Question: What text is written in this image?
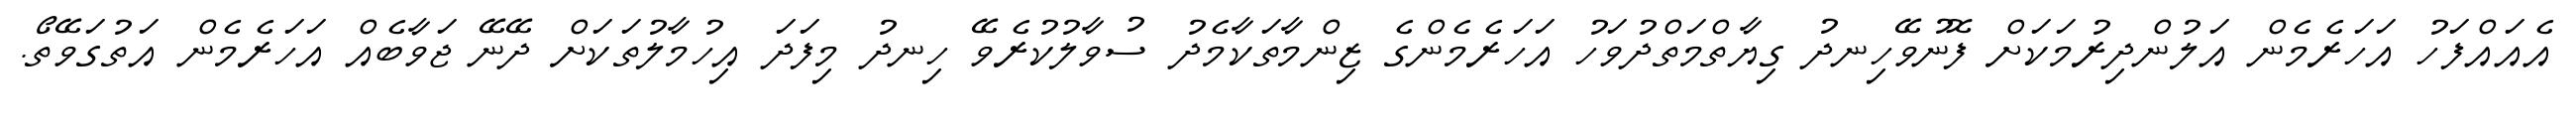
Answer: އެއައްފަހު އަހަރެމެން އަލުންދިރުމަކަށް ފޮނުވޭހިނދު ގިޔާތްމަތްދުވަހު އަހަރެމެންގެ ޒިންމާތަކާމެދު ސުވާލުކުރެވޭ ހިނދު މިފަދަ އިހުމާލުތަކަށް ދޭނޭ ޖަވާބެއް އަހަރެމެން އަތުގަވޭތޯ.